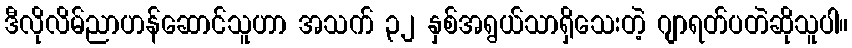
ဒီလိုလိမ်ညာဟန်ဆောင်သူဟာ အသက် ၃၂ နှစ်အရွယ်သာရှိသေးတဲ့ ဂျာရတ်ပတဲဆိုသူပါ။